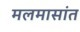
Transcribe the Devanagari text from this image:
मलमासांत